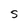
Character: S